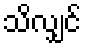
သိလျှင်